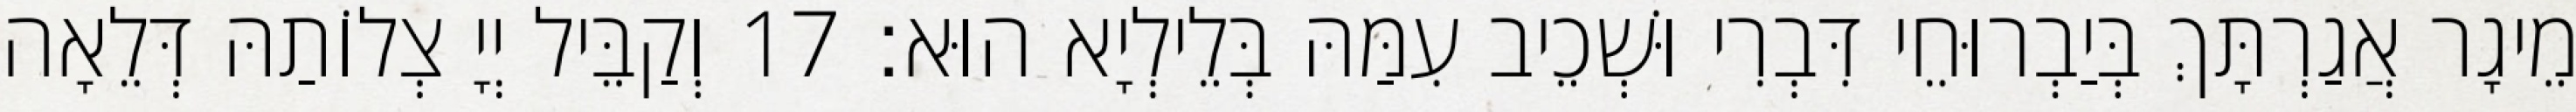
מֵיגָר אֲגַרְתָּךְ בְּיַבְרוּחֵי דִּבְרִי וּשְׁכֵיב עִמַּהּ בְּלֵילְיָא הוּא׃ 17 וְקַבֵּיל יְיָ צְלוֹתַהּ דְּלֵאָה